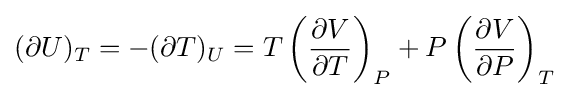
(\partial U)_{T}=-(\partial T)_{U}=T\left({\frac {\partial V}{\partial T}}\right)_{P}+P\left({\frac {\partial V}{\partial P}}\right)_{T}